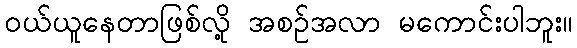
ဝယ်ယူနေတာဖြစ်လို့ အစဉ်အလာ မကောင်းပါဘူး။